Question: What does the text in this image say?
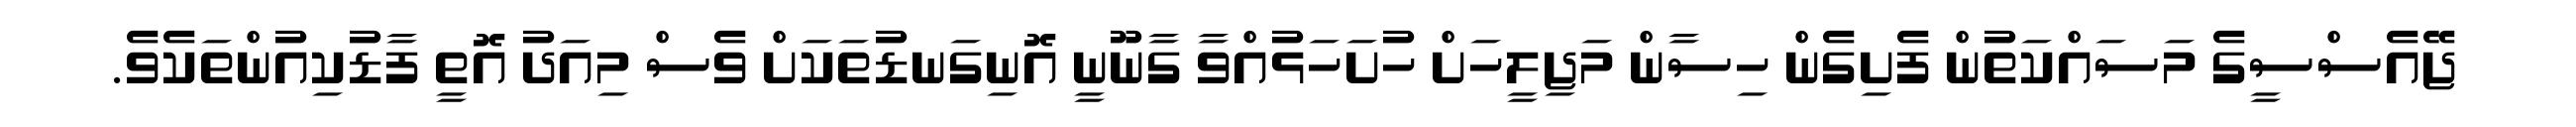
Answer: ޖޭއެސްސީގެ މަސައްކަތުން ފެށިގެން ހިސާން މަޖިލީހަށް ހުށަހަޅުއްވާ ގާނޫނީ އޮނިގަނޑުތަކަށް ވެސް މިއަދު އޮތީ ފާޑުކިއުންތަކެވެ.